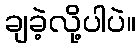
ချခဲ့လို့ပါပဲ။